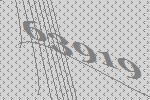
63919